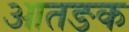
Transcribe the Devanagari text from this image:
आतङक